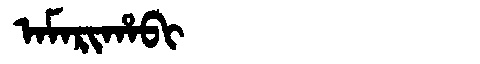
Manchu: ᠠᠮᠠᡵᡳᡥᠠᠪᡳ
Romanization: AMARIHABI